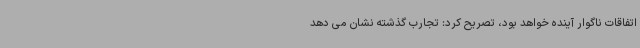
اتفاقات ناگوار آینده خواهد بود، تصریح کرد: تجارب گذشته نشان می دهد